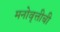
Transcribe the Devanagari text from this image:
मनोवृत्तीची